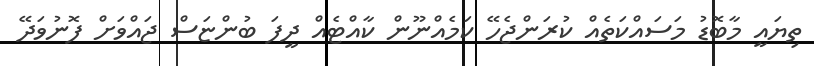
ތިޔައީ މާބޮޑު މަސައްކަތެއް ކުރަންޖެހޭ ކަމެއްނޫން ކާއްޓެއް ދީފަ ބުންޏަސް ޖައްވަށް ފޮނުވަދޭ